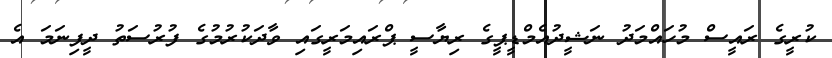
ކުރީގެ ރައީސް މުހައްމަދު ނަޝީދުއެމްޑީޕީގެ ރިޔާސީ ޕްރައިމަރީގައި ވާދަކުރުމުގެ ފުރުސަތު ދީފިނަމަ އެ